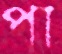
পা